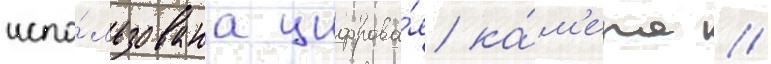
испо́льзована цифрова́я ка́м'ера //